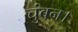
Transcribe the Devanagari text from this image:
चुंबन।